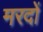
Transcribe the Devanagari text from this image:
मरदों